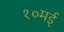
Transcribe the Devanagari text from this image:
१०मई